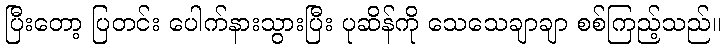
ပြီးတော့ ပြတင်း ပေါက်နားသွားပြီး ပုဆိန်ကို သေသေချာချာ စစ်ကြည့်သည်။